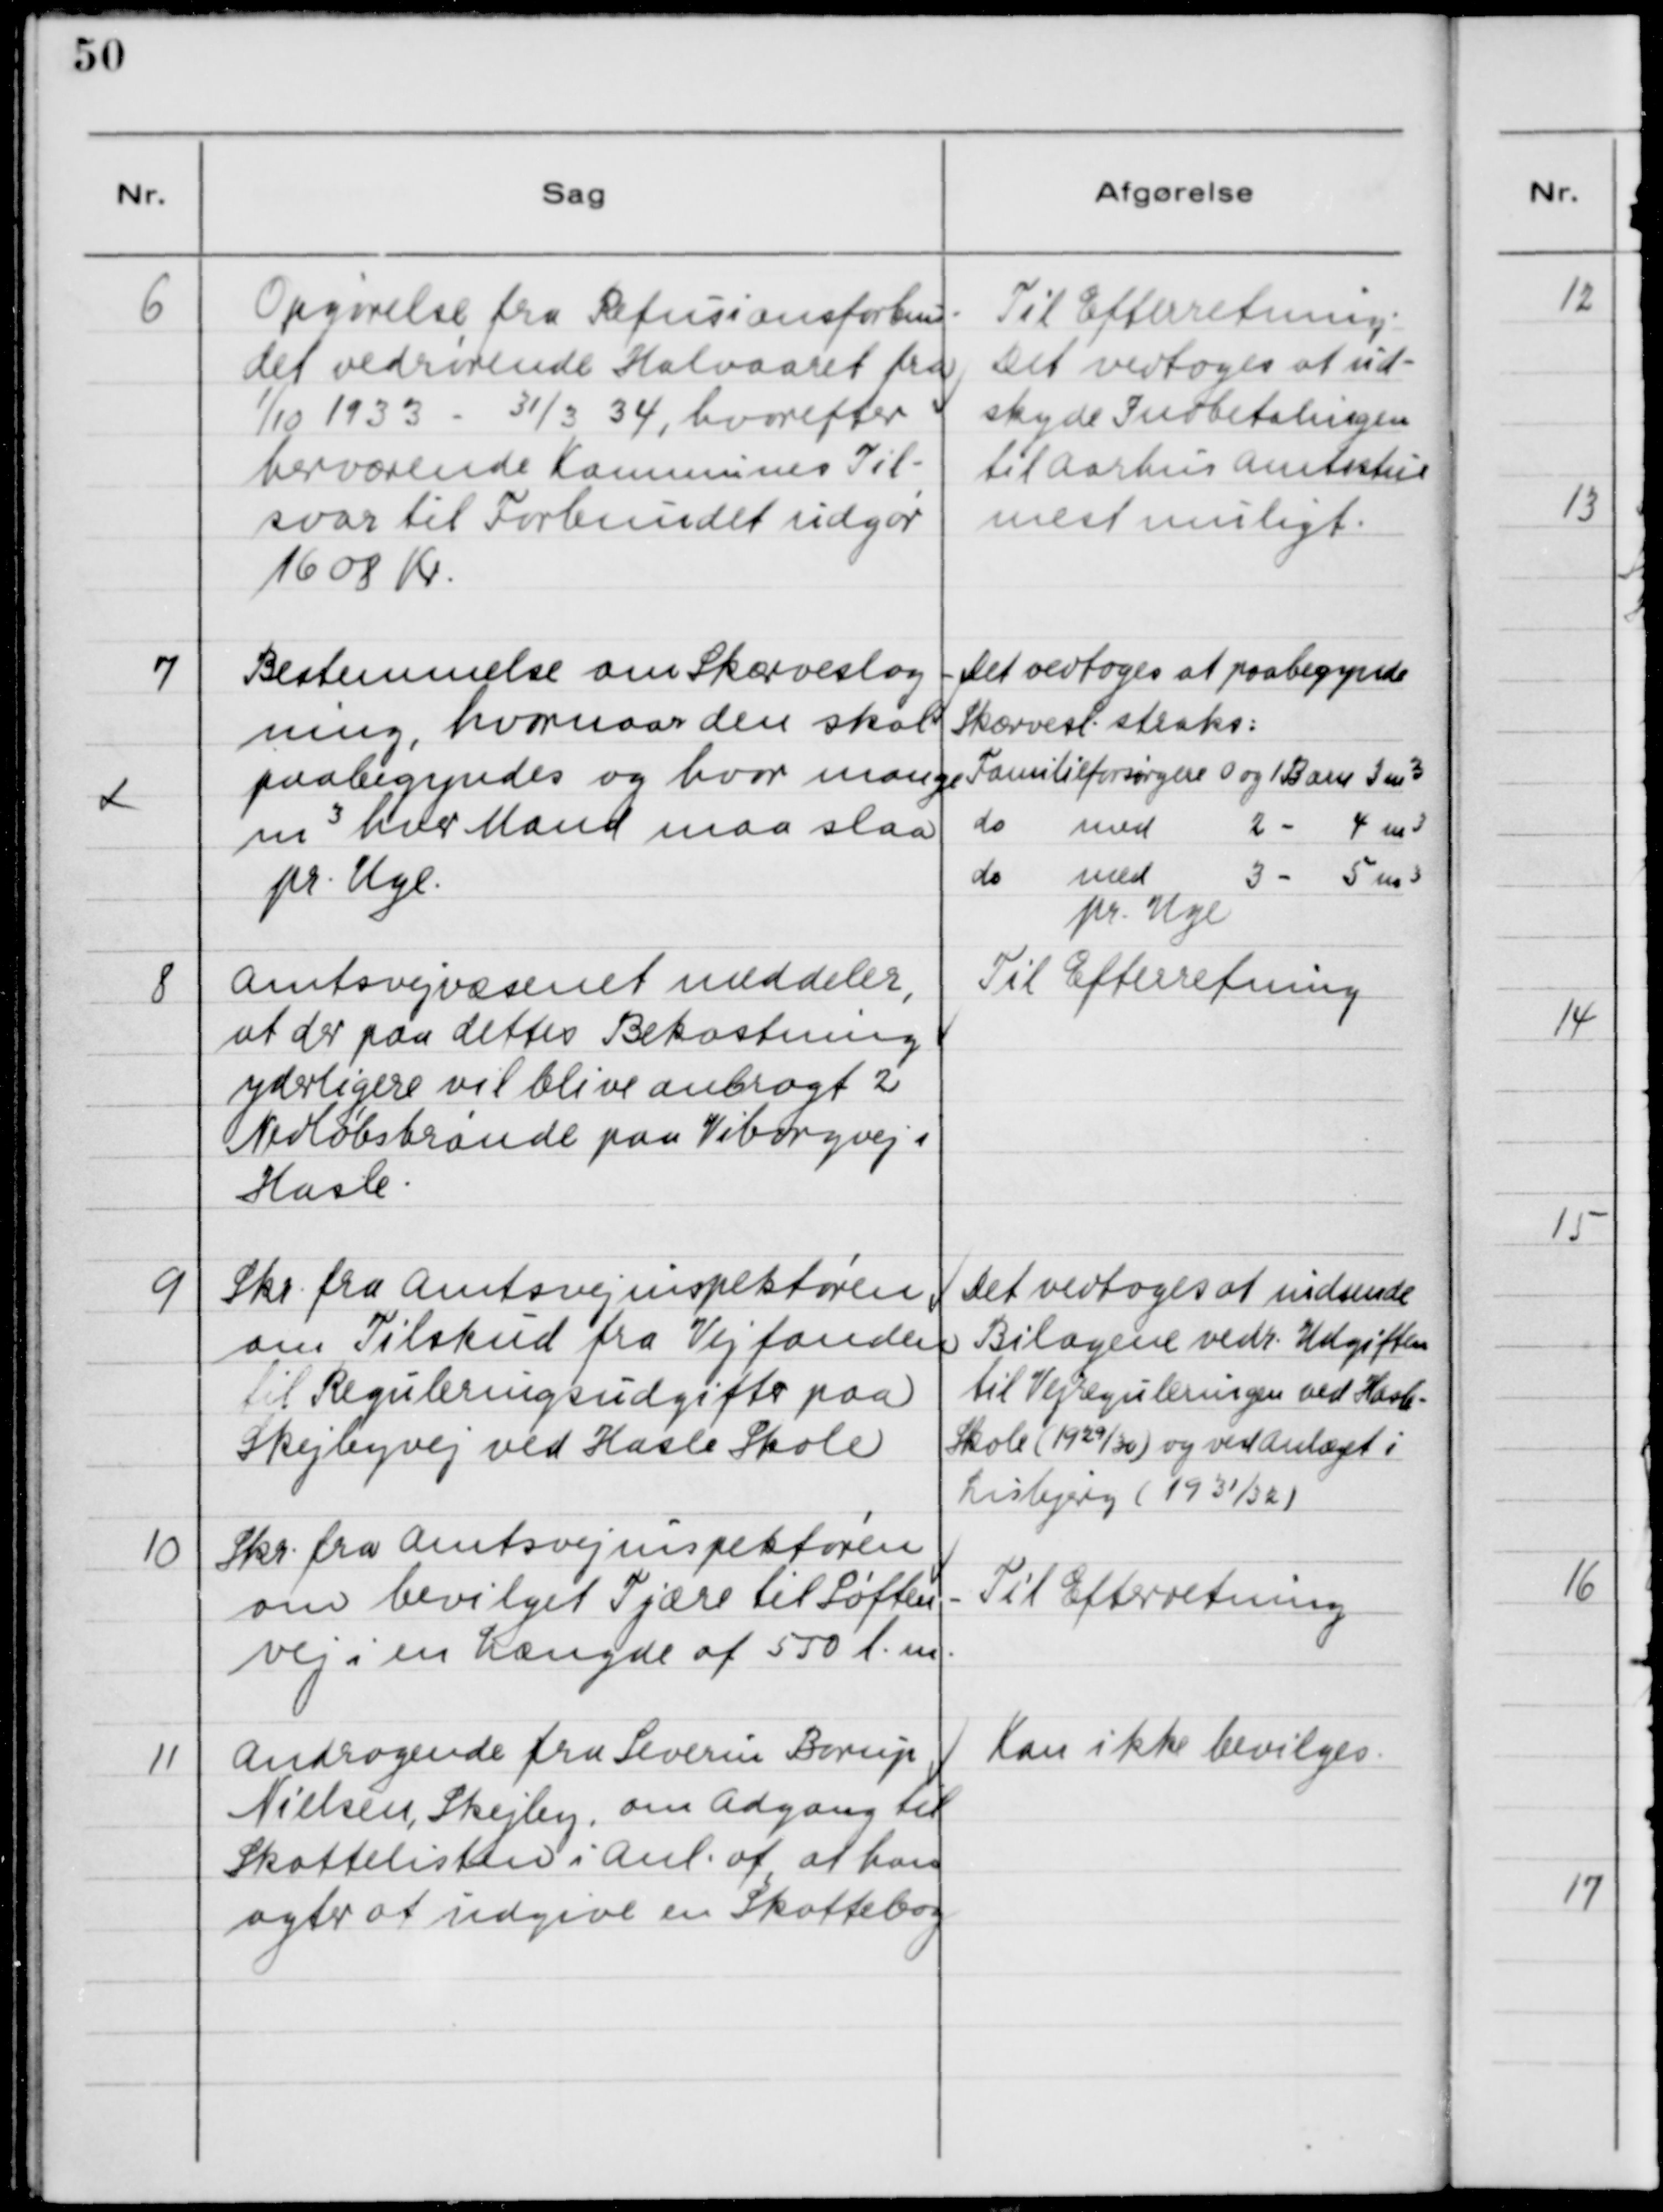
Transskription:
6

Opgørelse fra Refusionsforbun-
det vedrørende Halvaaret fra 
1/10 1933 - 31/3 34, hvorefter
herværende Kommunes Til-
svar til Forbundet udgør
1608 Kr.

Til Efterretning.
Det vedtoges at ud-
skyde Indbetalingen
til Aarhus Amtsstue
mest muligt.

7

Bestemmelse om Skærveslag-
ning, hvornår den skal
paabegyndes og hvor mange
m3 hver Mand maa slaa
pr. Uge.

Det vedtoges at paabegynde 
Skærvesl. straks: 
Familieforsørgere 0 og 1 Barn 3 m3
do
med
2 -
4 m3
do
med
3 -
5 m3
pr. Uge

8

Amtsvejvæsenet meddeler,
at der paa dettes Bekostning
yderligere vil blive anbragt 2
Nedløbsbrønde paa Viborgvej i
Hasle.

Til Efterretning

9

Skr. fra Amtsvejinspektøren 
om Tilskud fra Vejfonden
til Reguleringsudgift paa
Skejbyvej ved Hasle Skole

Det vedtoges at indsende
Bilagene vedr. Udgiften
til Vejreguleringen ved Hasle-
Skole (1929/30)og ved Anlæget i
Lisbjerg (1931/32)

10

Skr. fra Amtsvejinspektøren
om bevilget Tjære til Søften-
vej i en Længde af 550 l.m.

Til Efterretning

11

Andragende fra Severin Borup
Nielsen, Skejby, om Adgang til
Skattelisten i Anl. af, at han
agter at indgive en Skattebog

Kan ikke bevilges